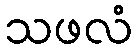
သဖလံ